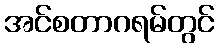
အင်စတာဂရမ်တွင်